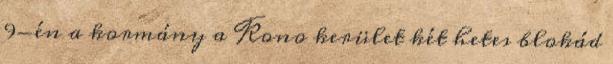
9-én a kormány a Kono kerület két hetes blokád